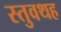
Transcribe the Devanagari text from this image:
स्तुवथह